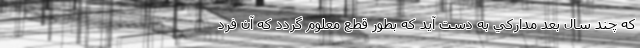
كه چند سال بعد مداركي به دست آيد كه بطور قطع معلوم گردد که آن فرد